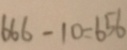
6 6 6 - 1 0 = 6 5 6